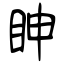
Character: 眒